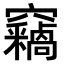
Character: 𫁝